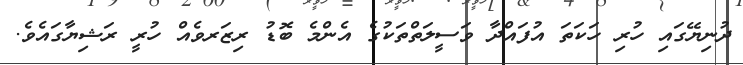
ދުނިޔޭގައި ހުރި ހަކަތަ އުފައްދާ ވަސީލަތްތަކުގެ އެންމެ ބޮޑު ރިޒަރވެއް ހުރީ ރަޝިޔާގައެވެ.